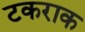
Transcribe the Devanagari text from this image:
टकराक